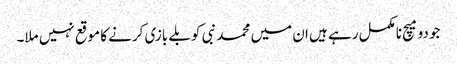
جو دو میچ نامکمل رہے ہیں ان میں محمد نبی کو بلے بازی کرنے کا موقع نہیں ملا۔